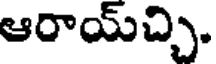
ఆరాయ్చ్చి.